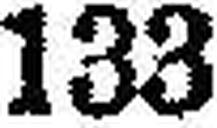
133